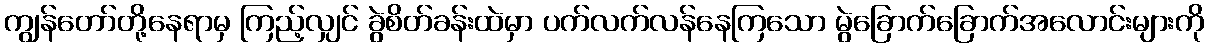
ကျွန်တော်တို့နေရာမှ ကြည့်လျှင် ခွဲစိတ်ခန်းထဲမှာ ပက်လက်လန်နေကြသော မွဲခြောက်ခြောက်အလောင်းများကို